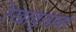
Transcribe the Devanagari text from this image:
रेखावृत्तावर